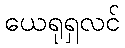
ယေရုရှလင်